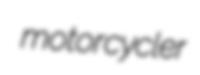
motorcycler